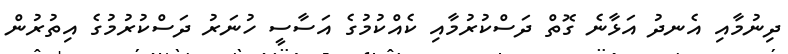
ދިނުމާއި އެނދު އަޅާނެ ގޮތް ދަސްކުރުމާއި ކެއްކުމުގެ އަސާސީ ހުނަރު ދަސްކުރުމުގެ އިތުރުން